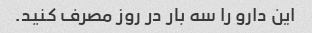
این دارو را سه بار در روز مصرف کنید.